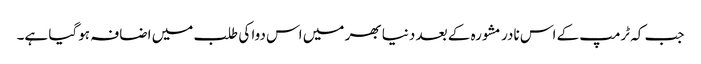
جب کہ ٹرمپ کے اس نادر مشورہ کے بعد دنیا بھر میں اس دوا کی طلب میں اضافہ ہوگیا ہے۔